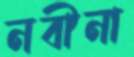
নবীনা